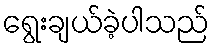
ရွေးချယ်ခဲ့ပါသည်